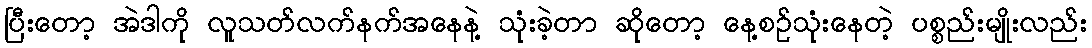
ပြီးတော့ အဲဒါကို လူသတ်လက်နက်အနေနဲ့ သုံးခဲ့တာ ဆိုတော့ နေ့စဉ်သုံးနေတဲ့ ပစ္စည်းမျိုးလည်း